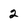
Character: 2